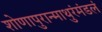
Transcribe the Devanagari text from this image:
शोणापुरान्माथुरंमंडलं